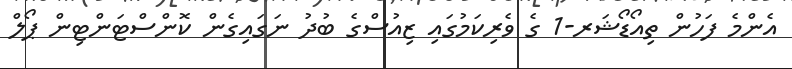
އެންމެ ފަހުން ތިއޯޑޯޝަރ-1 ގެ ވެރިކަމުގައި ޒިއުސްގެ ބުދު ނަގައިގެން ކޮންސްޓަންޓިން ޕޯލް